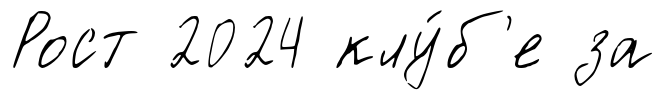
Рост 2024 клу́б'е за